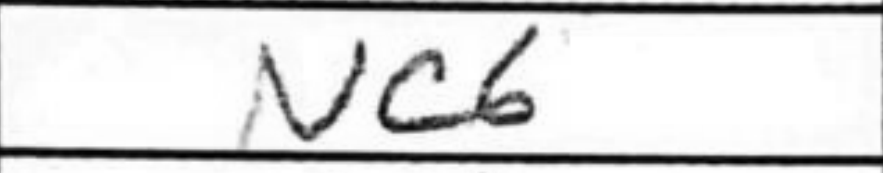
Transcription: Nc6